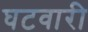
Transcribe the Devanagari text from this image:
घटवारी